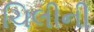
ચિલીની